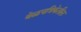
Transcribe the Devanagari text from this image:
वेळपत्रिकेतील